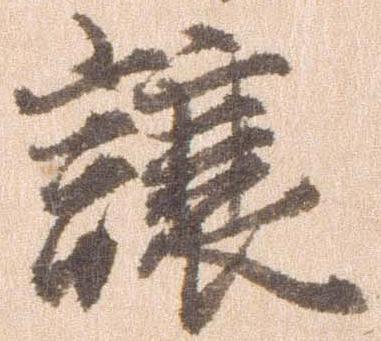
譲